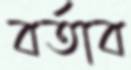
বর্তাব